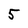
Character: 5